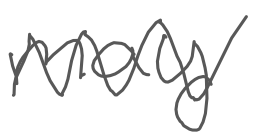
Text: may
Cross-out: zig-zag
Writing tool: digital_gray